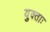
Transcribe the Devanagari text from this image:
युक्ताः